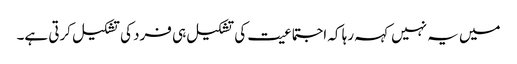
میں یہ نہیں کہہ رہا کہ اجتماعیت کی تشکیل ہی فرد کی تشکیل کرتی ہے۔